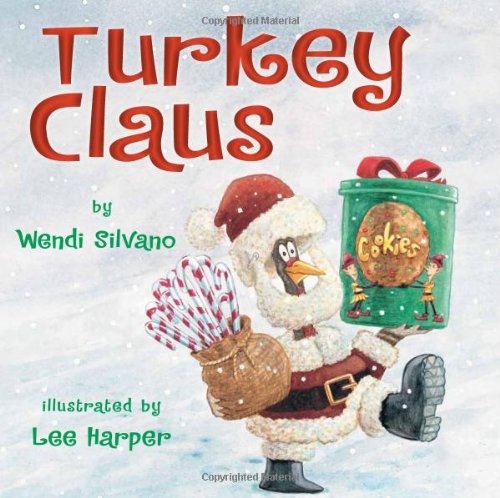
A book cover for Turkey Claus; Wendi Silvano; Children's Books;